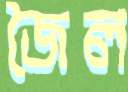
জৈল